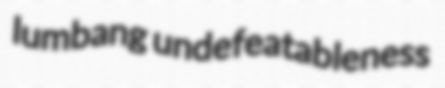
lumbang undefeatableness